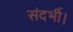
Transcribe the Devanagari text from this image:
संदर्भी।